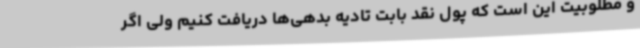
و مطلوبیت این است که پول نقد بابت تادیه بدهی‌ها دریافت کنیم ولی اگر